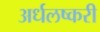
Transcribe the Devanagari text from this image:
अर्धलष्करी